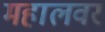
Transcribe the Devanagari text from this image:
महालवर